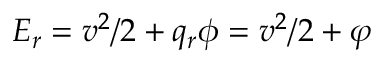
{ \cal E } _ { r } = v ^ { 2 } / 2 + q _ { r } \phi = v ^ { 2 } / 2 + \varphi